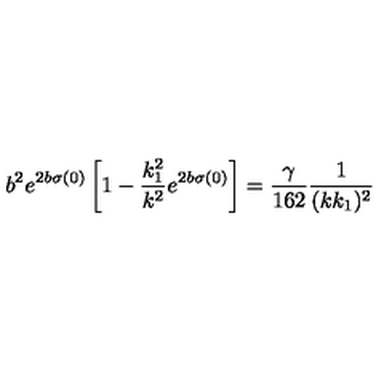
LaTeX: b ^ { 2 } e ^ { 2 b \sigma ( 0 ) } \left[ 1 - \frac { k _ { 1 } ^ { 2 } } { k ^ { 2 } } e ^ { 2 b \sigma ( 0 ) } \right] = \frac { \gamma } { 1 6 2 } \frac { 1 } { ( k k _ { 1 } ) ^ { 2 } }